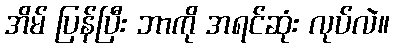
အိမ် ပြန်ပြီး ဘာကို အရင်ဆုံး လုပ်လဲ။